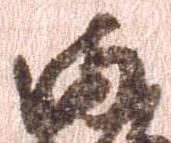
満